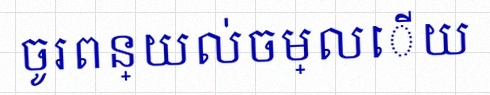
ចូរពន្យល់ចម្លើយ